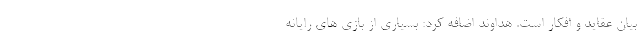
بیان عقاید و افکار است. هداوند اضافه کرد: بسیاری از بازی های رایانه